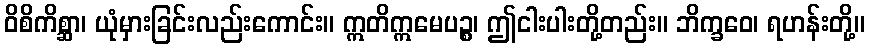
ဝိစိကိစ္ဆာ၊ ယုံမှားခြင်းလည်းကောင်း။ ဣတိဣမေပဉ္စ၊ ဤငါးပါးတို့တည်း။ ဘိက္ခဝေ၊ ရဟန်းတို့။